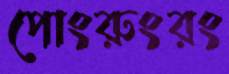
পোংরুংরং